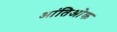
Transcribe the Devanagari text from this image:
आंतिओक